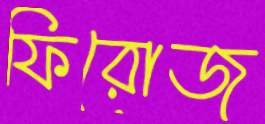
ফিরোজ